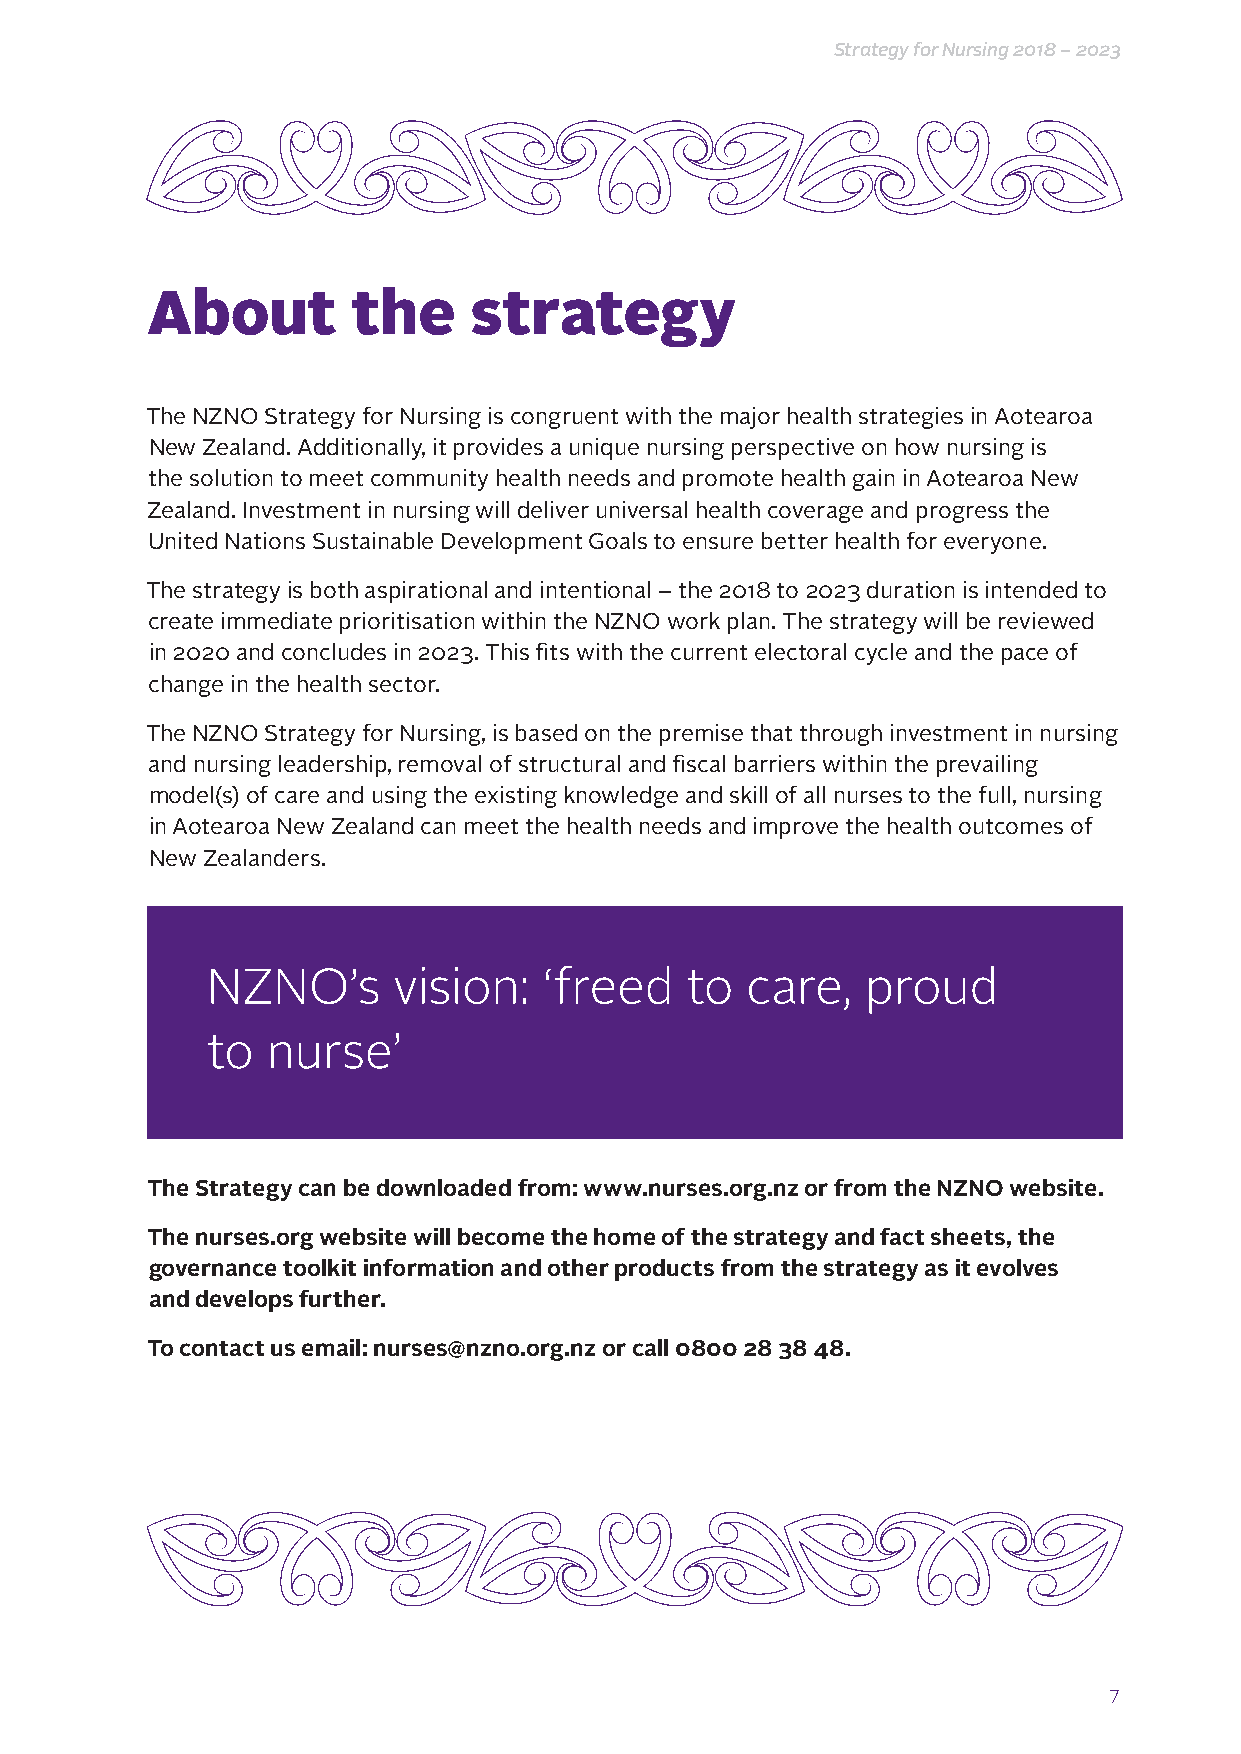
Strategy for Nursing 2018 – 2023
 About        the     strategy
 The NZNO Strategy for Nursing is congruent with the major health strategies in Aotearoa
 New Zealand. Additionally, it provides a unique nursing perspective on how nursing is
 the solution to meet community health needs and promote health gain in Aotearoa New
 Zealand. Investment in nursing will deliver universal health coverage and progress the
 United Nations Sustainable Development Goals to ensure better health for everyone.
 The strategy is both aspirational and intentional – the 2018 to 2023 duration is intended to
 create immediate prioritisation within the NZNO work plan. The strategy will be reviewed
 in 2020 and concludes in 2023. This fits with the current electoral cycle and the pace of
 change in the health sector.
 The NZNO Strategy for Nursing, is based on the premise that through investment in nursing
 and nursing leadership, removal of structural and fiscal barriers within the prevailing
 model(s) of care and using the existing knowledge and skill of all nurses to the full, nursing
 in Aotearoa New Zealand can meet the health needs and improve the health outcomes of
 New Zealanders.
 NZNO’s      vision:   ‘freed   to  care,   proud
 to  nurse’
 The Strategy can be downloaded from: www.nurses.org.nz or from the NZNO website.
 The nurses.org website will become the home of the strategy and fact sheets, the
 governance toolkit information and other products from the strategy as it evolves
 and develops further.
 To contact us email: nurses@nzno.org.nz or call 0800 28 38 48.
 7